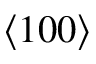
\langle 1 0 0 \rangle